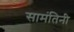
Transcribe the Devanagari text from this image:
सामंतिनी